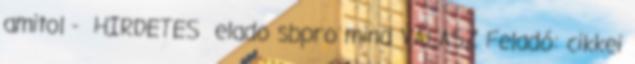
amitol - HIRDETES elado sbpro mind VÁLASZ Feladó: cikkei